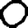
Digit: 0